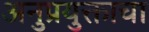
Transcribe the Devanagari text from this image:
अनुप्रयुक्ताचा